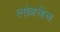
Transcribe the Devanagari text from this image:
लांबचेच